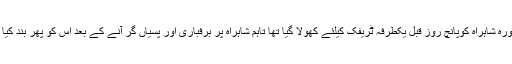
مذکورہ شاہراہ کوپانچ روز قبل یکطرفہ ٹریفک کیلئے کھولا گیا تھا تاہم شاہراہ پر برفباری اور پسیاں گر آنے کے بعد اس کو پھر بند کیا گیا۔